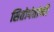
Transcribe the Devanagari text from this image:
सितोपंतांनी